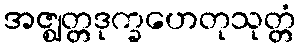
အဇ္ဈတ္တဒုက္ခဟေတုသုတ္တံ